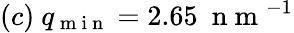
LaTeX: (c)\ q_{\mathrm{~m~i~n~}}=2.65\ \mathrm{~n~m~}^{-1}